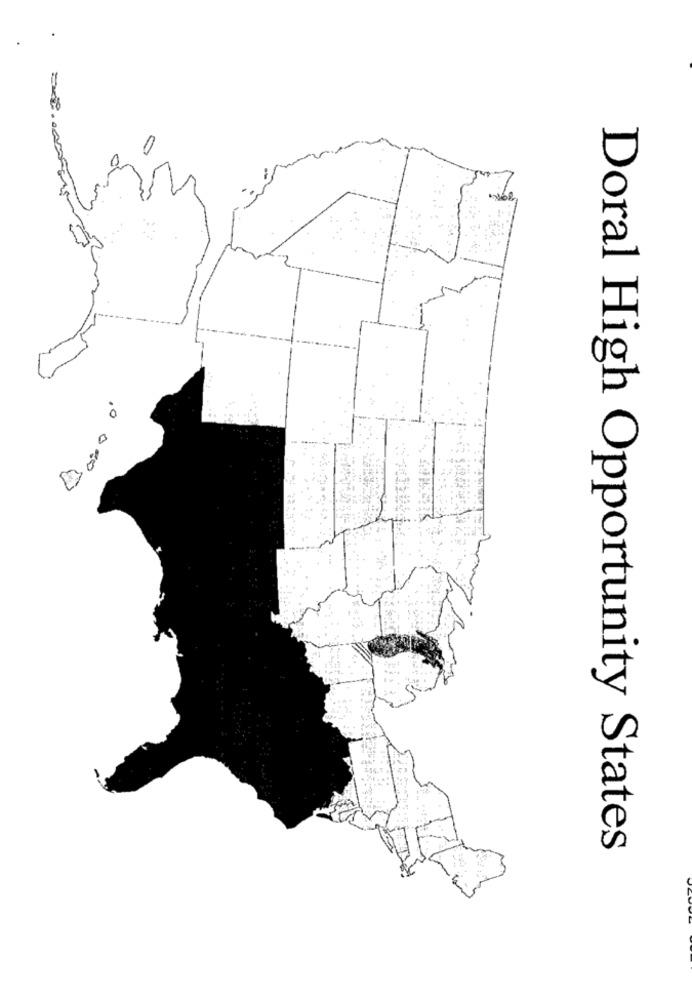
,0000;
Doral High Opportunity States